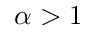
\alpha > 1